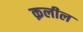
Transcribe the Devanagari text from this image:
क़लील